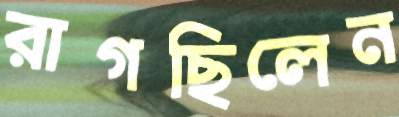
রাগছিলেন